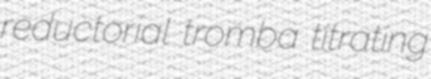
reductorial tromba titrating